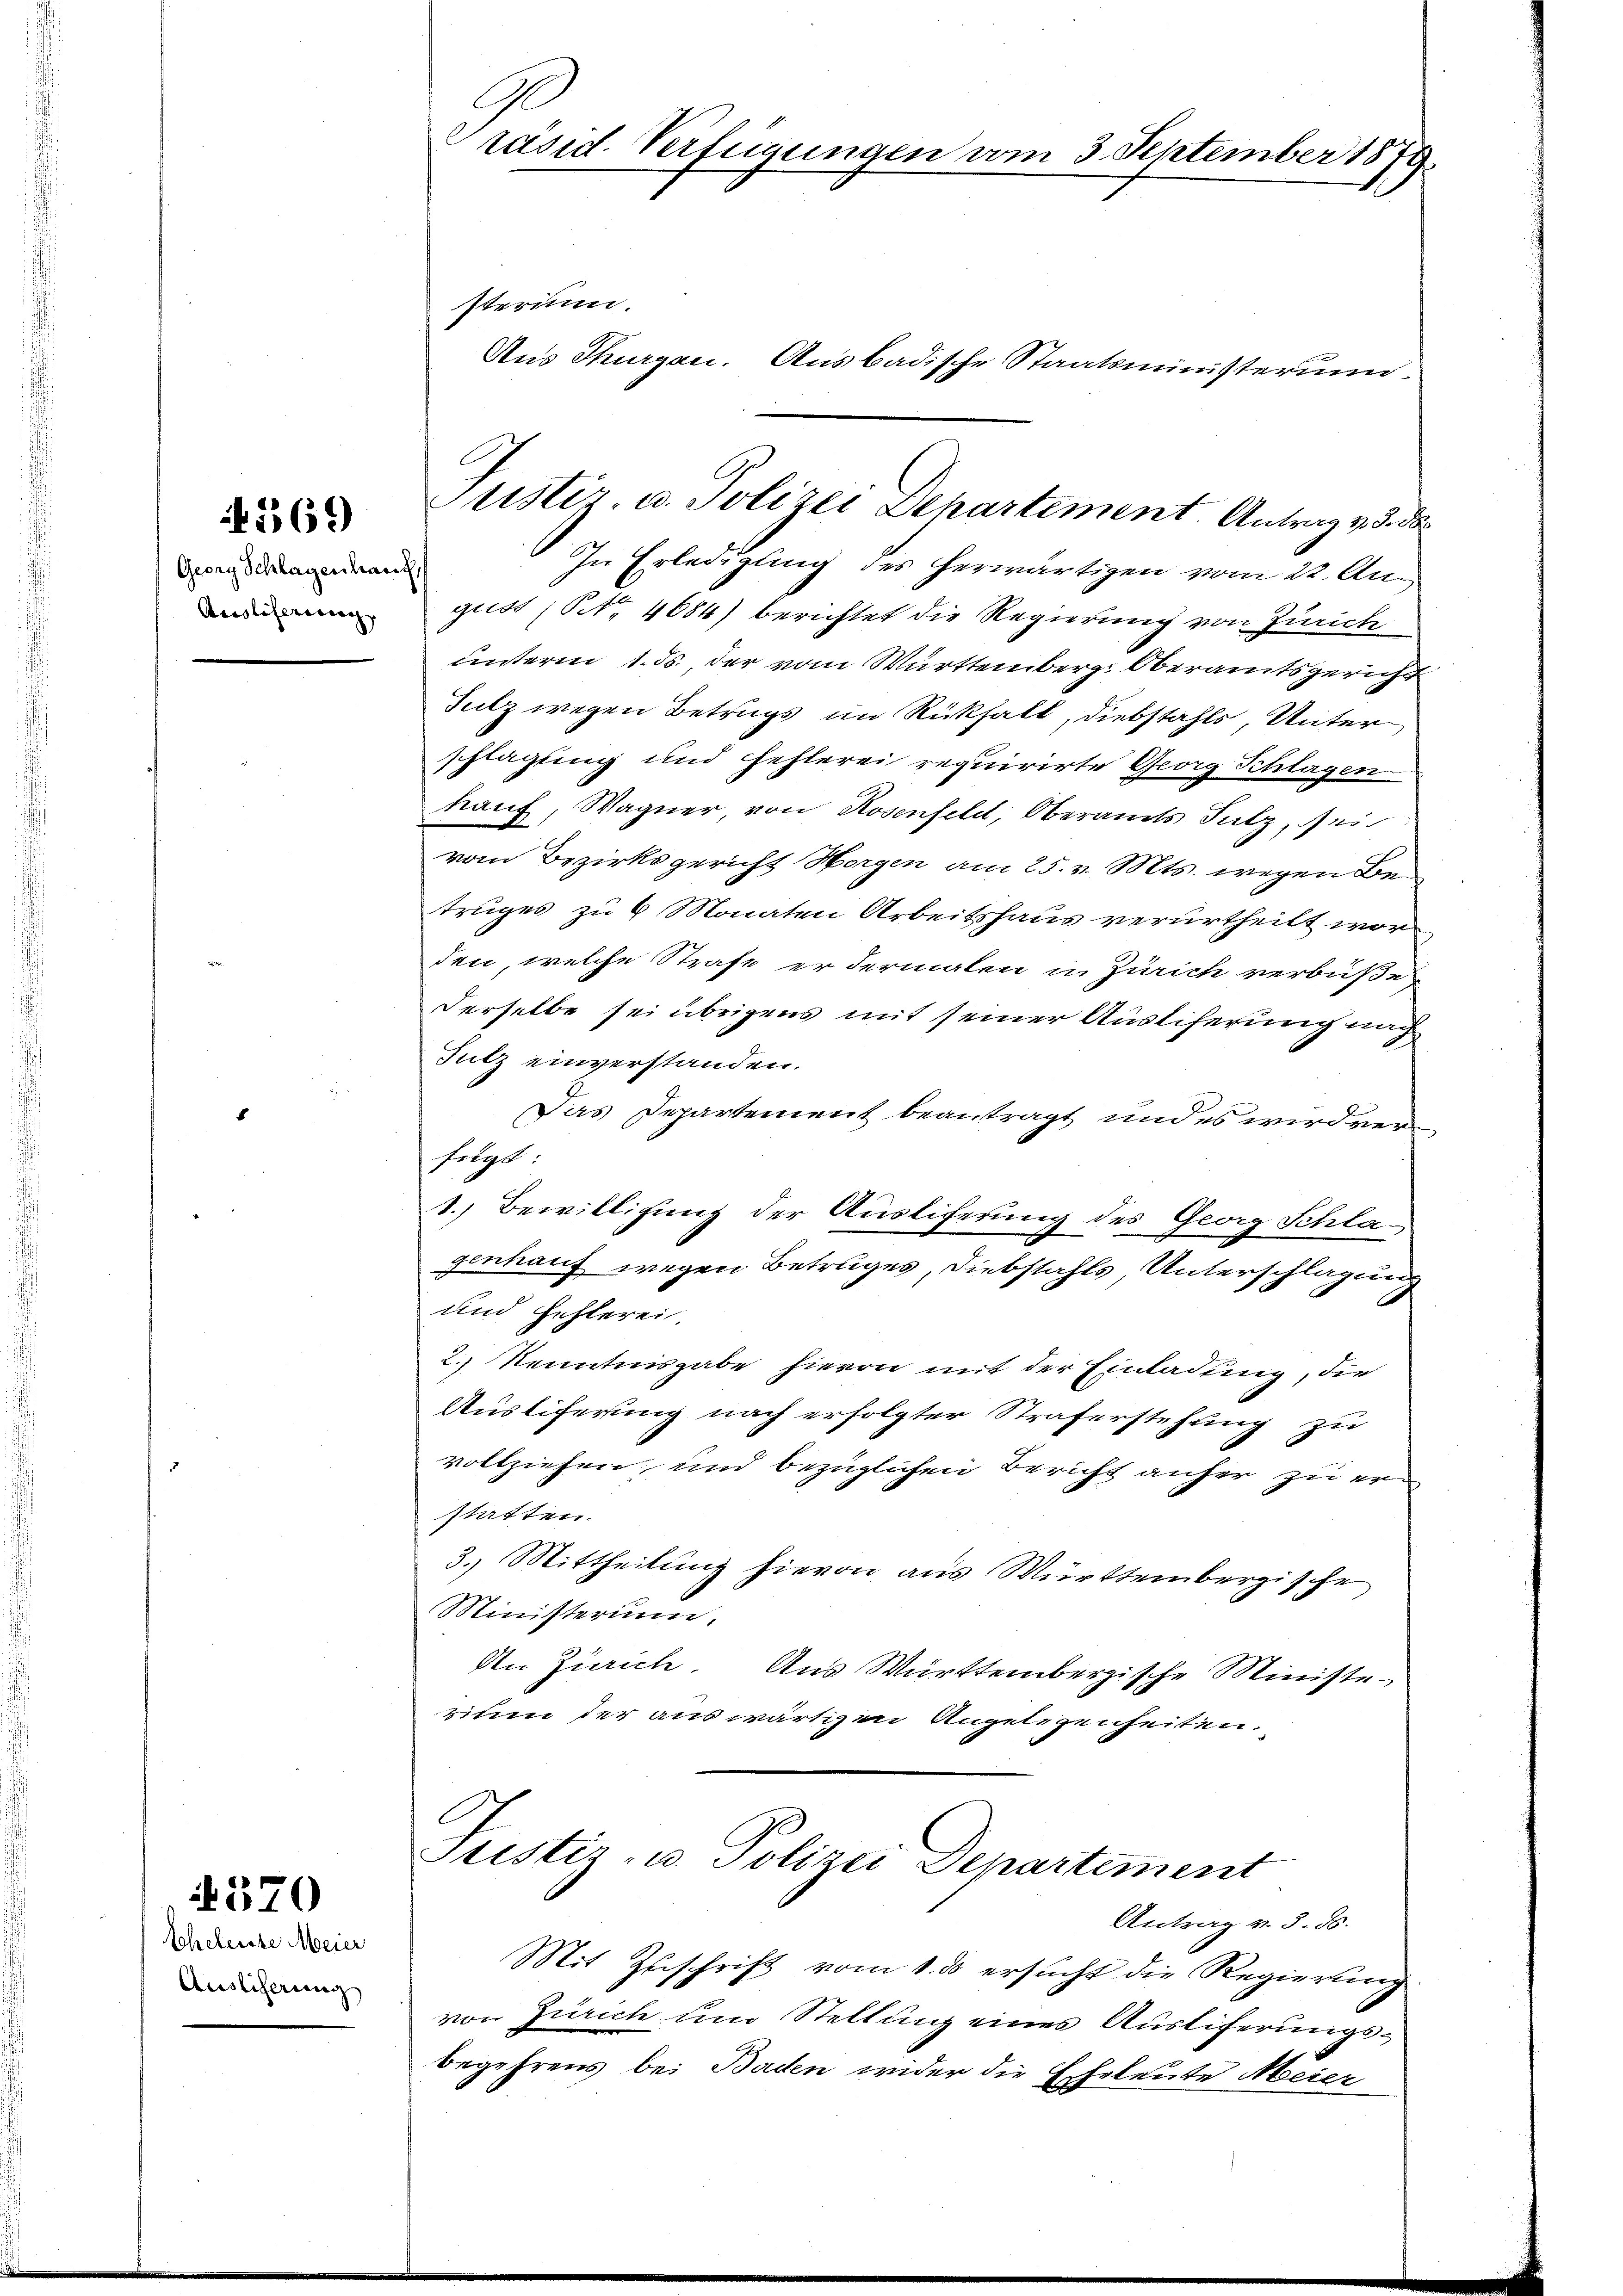
No. 369

Georg Schlagenhaus,
Ansliserinnen, |

Scheleiste Meier
Auslisering

370

sterium.
Aus Thurgau. Ausbadische Staatsministerum
In Erledigung des herwärtigen vom 22. Aug
gust (NNo. 4684) berichtet die Regierung von Zürich
unterm 1. ds. der vom Württemberg. Oberamtsgericht
Sulz wegen Betrugs im Rükhalt, Diebstahls, Unter
schlagung und Fehlerei requirirte Georg Splügen
hauf, Wagner, von Rosenfeld, Oberamts Sulz, ei
vom Bezirksgericht Horgen am 25. v. Mts. wegen Betruges zu 6 Monaten Arbeitshaus verurtheilt worden, welche Strafe er dermalen in Zürich verbüßen
derselbe sei übrigens mit seiner Auslieferung nach
Sutz einverstanden.
Das Departement beantragt und es wird verfügt
1. Bewilligung der Ausliferung des Georg Schlagenhauf wegen Betruges, Diebstahls Unterschlagung
und Fehlerei
2.) Kenntnisgabe hievon mit der Einladung, die
Auslieferung nach erfolgter Straferstehung zu
vollziehen und bezüglichen Bericht anher zu erstatten.
3.) Mittheilung hievon aus Württembergische
Ministerium.
An Zürich. Aus Württembergische Ministe
sine der auswärtigen Angelegenheiten.
Justiz- u. Polizei Departement
Antrag v. 3. ds.
Mit Zuschrift vom 1. ds ersucht die Regierung
von Zürich um Stellung eines Ausliferungs¬
Begehrens bei Baden wider die Eheleute Meier

G
räsid. Verfügungen vom 3. September 1879.

Justiz- u. Polizei Dehartement Antrag v. 5. d